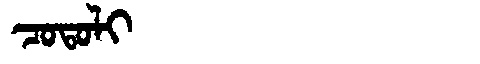
Manchu: ᠴᠣᡨᠣᠯᡳ
Romanization: COTOLI